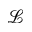
\mathcal { L }